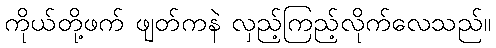
ကိုယ်တို့ဖက် ဖျတ်ကနဲ လှည့်ကြည့်လိုက်လေသည်။